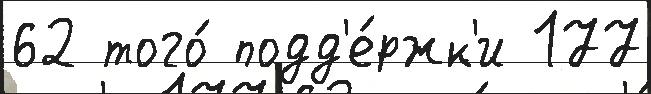
62 того́ подд'е́ржк'и 177